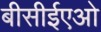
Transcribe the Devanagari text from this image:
बीसीईएओ